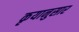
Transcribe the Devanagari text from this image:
कृयानुसार